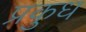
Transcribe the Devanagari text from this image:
प्रकुध